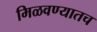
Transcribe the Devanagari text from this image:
मिळवण्यातच